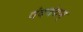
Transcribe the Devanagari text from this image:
वंदवंद्यम्